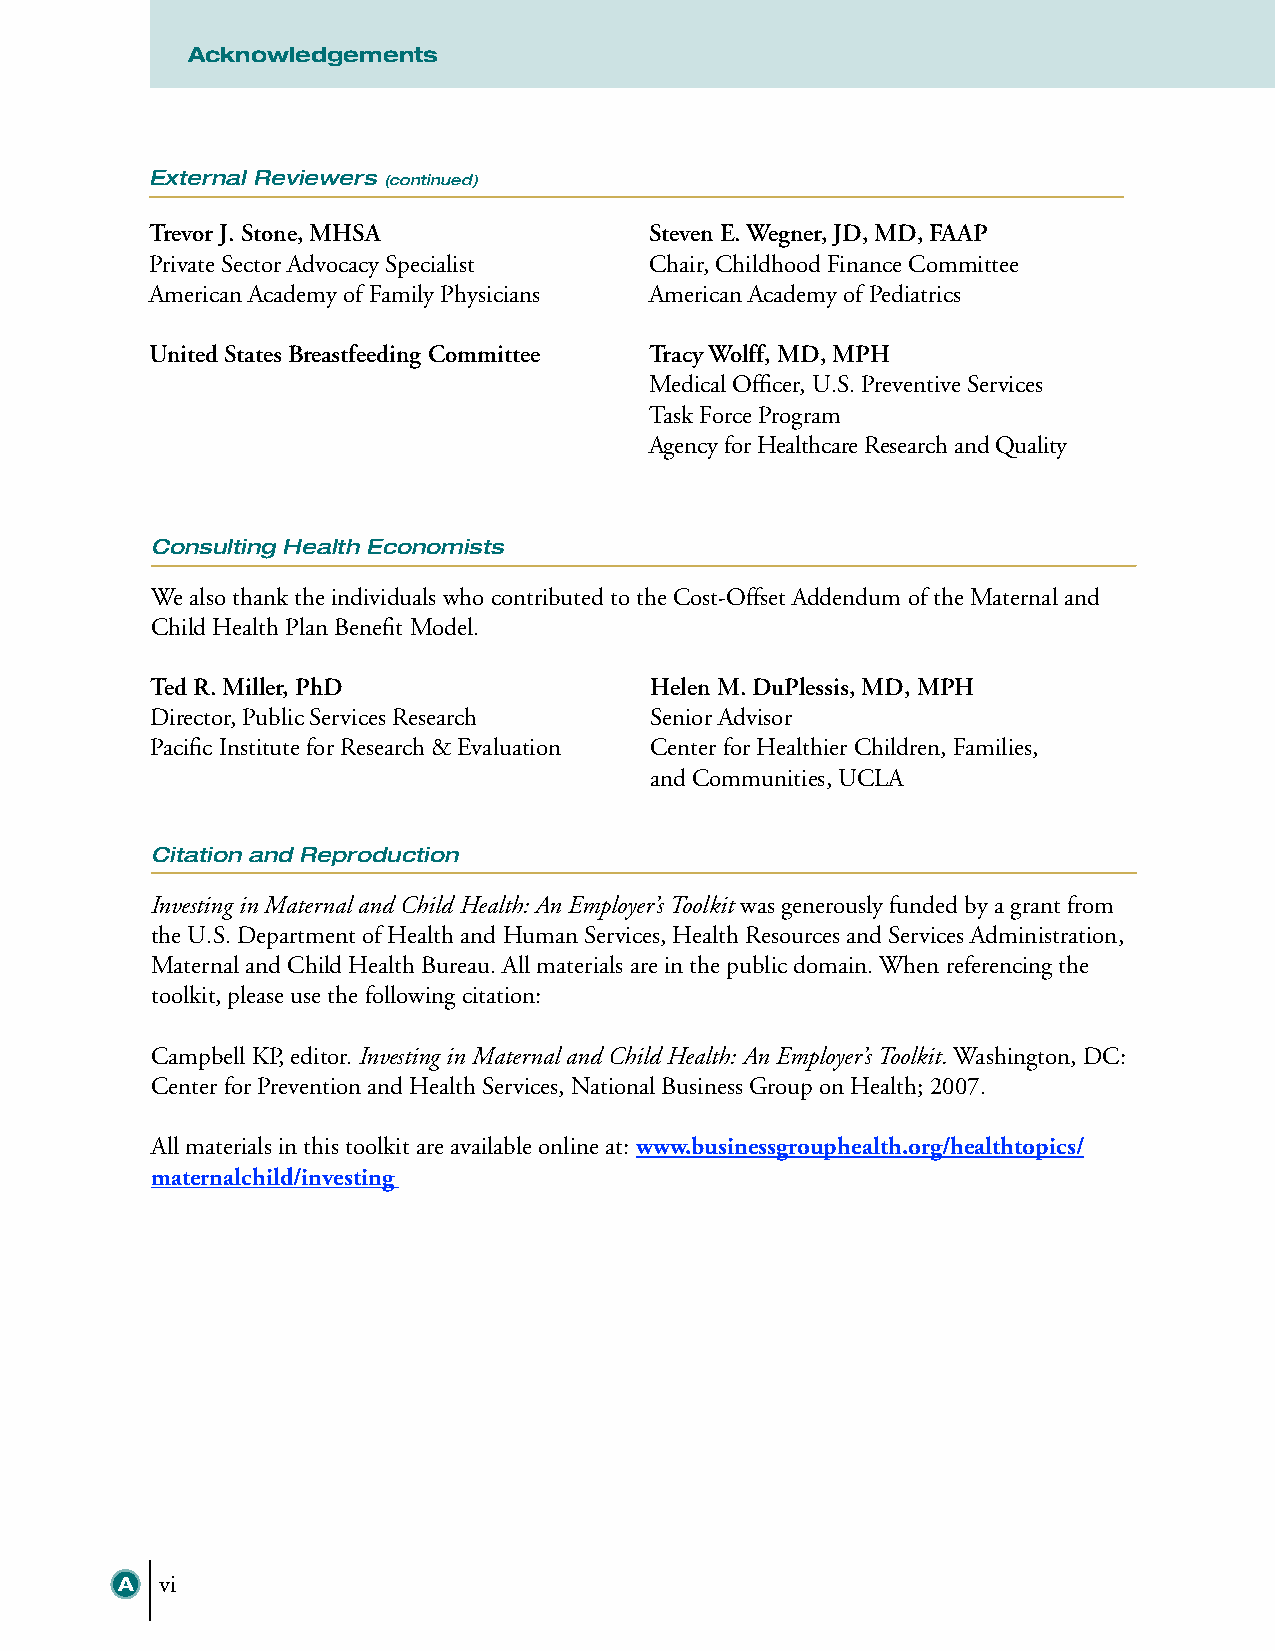
Acknowledgements
 External Reviewers (continued)
 Trevor J. Stone, MHSA            Steven E. Wegner, JD, MD, FAAP
 Private Sector Advocacy Specialist Chair, Childhood Finance Committee
 American Academy of Family Physicians American Academy of Pediatrics
 United States Breastfeeding Committee Tracy Wolff, MD, MPH
 Medical Officer, U.S. Preventive Services
 Task Force Program
 Agency for Healthcare Research and Quality
 Consulting Health Economists
 We also thank the individuals who contributed to the Cost-Offset Addendum of the Maternal and
 Child Health Plan Benefit Model.
 Ted R. Miller, PhD               Helen M. DuPlessis, MD, MPH
 Director, Public Services Research Senior Advisor
 Pacific Institute for Research & Evaluation Center for Healthier Children, Families,
 and Communities, UCLA
 Citation and Reproduction
 Investing in Maternal and Child Health: An Employer’s Toolkit was generously funded by a grant from
 the U.S. Department of Health and Human Services, Health Resources and Services Administration,
 Maternal and Child Health Bureau. All materials are in the public domain. When referencing the
 toolkit, please use the following citation:
 Campbell KP, editor. Investing in Maternal and Child Health: An Employer’s Toolkit. Washington, DC:
 Center for Prevention and Health Services, National Business Group on Health; 2007.
 All materials in this toolkit are available online at: www.businessgrouphealth.org/healthtopics/
 maternalchild/investing
 A  vi